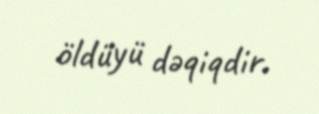
öldüyü dəqiqdir.